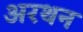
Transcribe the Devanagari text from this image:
अरथन